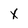
Character: x